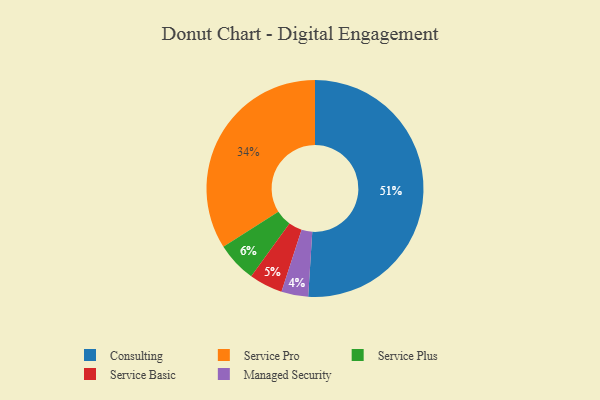
{"axis": {"x": "Category", "y": "Percentage"}, "legend": ["Consulting", "Managed Security", "Service Basic", "Service Plus", "Service Pro"], "data": [{"x": "Service Basic", "y": 5, "type": "Service Basic"}, {"x": "Service Plus", "y": 6, "type": "Service Plus"}, {"x": "Service Pro", "y": 34, "type": "Service Pro"}, {"x": "Consulting", "y": 51, "type": "Consulting"}, {"x": "Managed Security", "y": 4, "type": "Managed Security"}]}